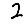
Digit: 2